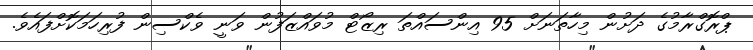
ޕްރޮގްރާމުގެ ދަށުން މިހާތަނަށް 95 އިންސައްތަ ރިޒޯޓް މުވައްޒަފުން ވަނީ ވެކްސިން ފުރިހަމަކޮށްފައެވެ.